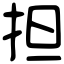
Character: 担